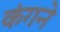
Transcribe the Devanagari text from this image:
कंगने